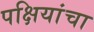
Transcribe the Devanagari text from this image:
पक्षियांचा